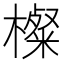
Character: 𱤝